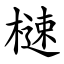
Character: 㯈